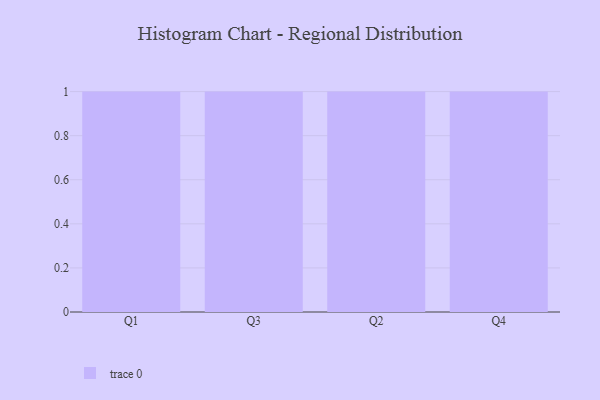
{"axis": {"x": "Quarter", "y": "Gross Profit (USD K)"}, "legend": [""], "data": [{"x": "Q1", "y": 78, "type": ""}, {"x": "Q3", "y": 50, "type": ""}, {"x": "Q2", "y": 46, "type": ""}, {"x": "Q4", "y": 68, "type": ""}]}